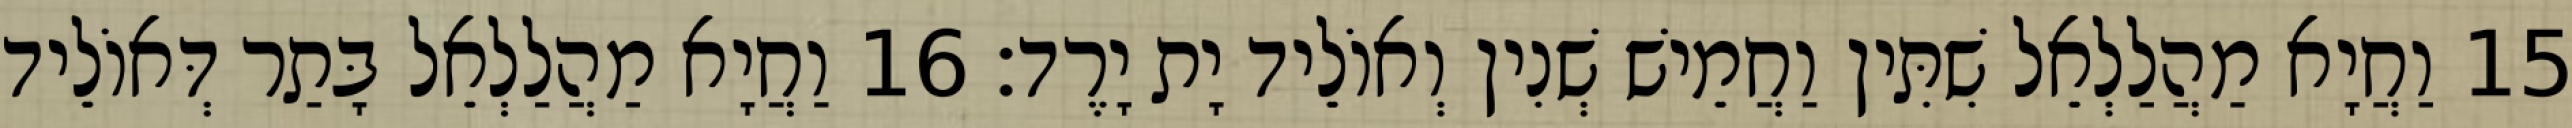
15 וַחֲיָא מַהֲלַלְאֵל שִׁתִּין וַחֲמֵישׁ שְׁנִין וְאוֹלֵיד יָת יָרֶד׃ 16 וַחֲיָא מַהֲלַלְאֵל בָּתַר דְּאוֹלֵיד